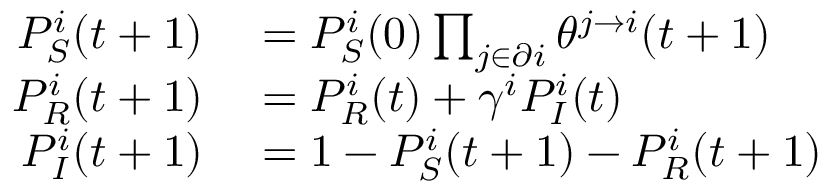
\begin{array} { r l } { P _ { S } ^ { i } ( t + 1 ) } & { { } = P _ { S } ^ { i } ( 0 ) \prod _ { j \in \partial i } \theta ^ { j \to i } ( t + 1 ) } \\ { P _ { R } ^ { i } ( t + 1 ) } & { { } = P _ { R } ^ { i } ( t ) + \gamma ^ { i } P _ { I } ^ { i } ( t ) } \\ { P _ { I } ^ { i } ( t + 1 ) } & { { } = 1 - P _ { S } ^ { i } ( t + 1 ) - P _ { R } ^ { i } ( t + 1 ) } \end{array}